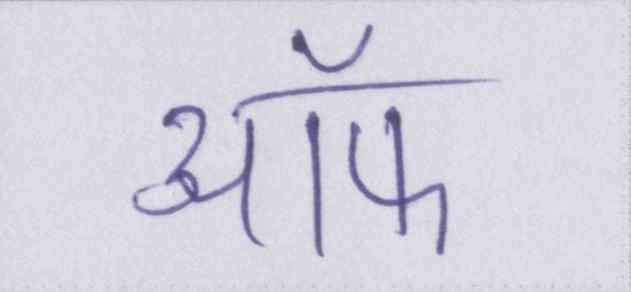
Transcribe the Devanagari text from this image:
ऑफ